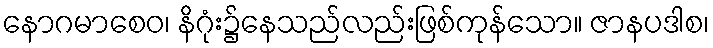
နောဂမာစေဝ၊ နိဂုံး၌နေသည်လည်းဖြစ်ကုန်သော။ ဇာနပဒါစ၊